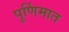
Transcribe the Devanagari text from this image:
पूर्णिमात